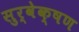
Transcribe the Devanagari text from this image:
सुर्वेक्षण